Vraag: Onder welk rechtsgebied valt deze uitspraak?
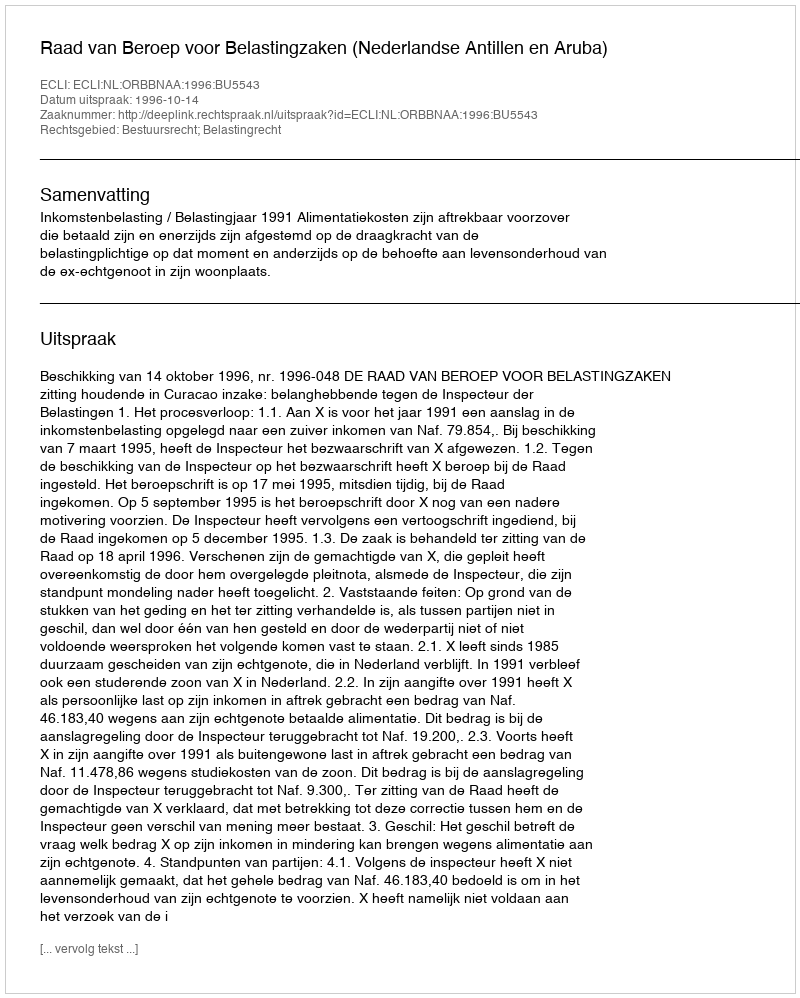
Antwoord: Bestuursrecht; Belastingrecht